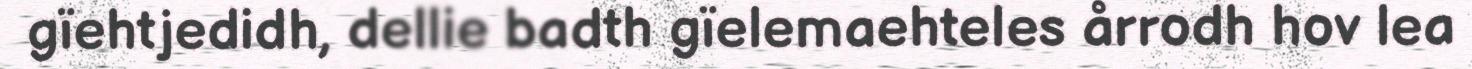
gïehtjedidh, dellie badth gïelemaehteles årrodh hov lea